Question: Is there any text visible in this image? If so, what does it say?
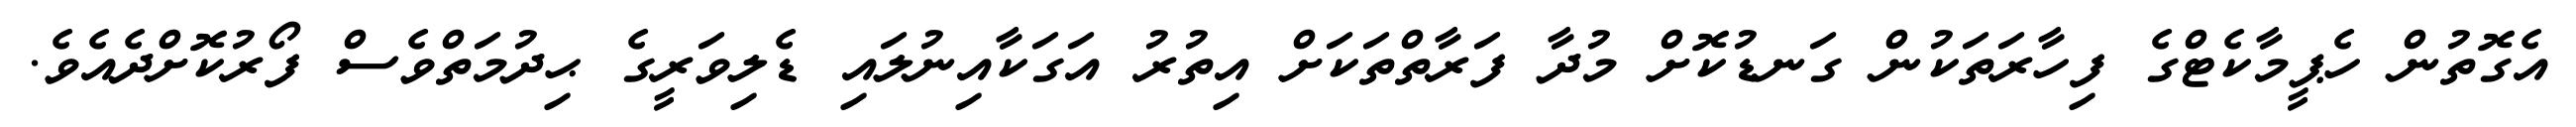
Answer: އެގޮތުން ހެޕީމާކެޓްގެ ފިހާރަތަކުން ގަނޑުކޮށް މުދާ ފަރާތްތަކަށް އިތުރު އަގަކާއިނުލައި ޑެލިވަރީގެ ޙިދުމަތްވެސް ފޯރުކޮށްދެއެވެ.